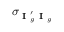
\sigma _ { \textbf { I } _ { g } ^ { \prime } \textbf { I } _ { g } }